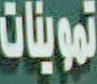
تموينات